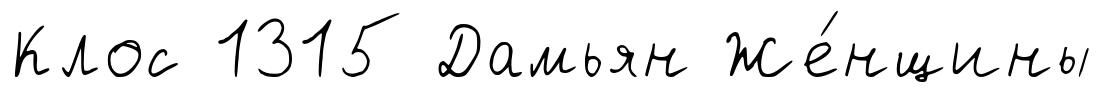
Клос 1315 Дамьян Же́нщины